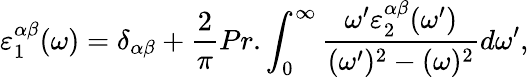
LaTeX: \varepsilon_{1}^{\alpha\beta}(\omega)=\delta_{\alpha\beta}+\frac{2}{\pi}Pr.\int_{0}^{\infty}\frac{\omega^{\prime}\varepsilon_{2}^{\alpha\beta}(\omega^{\prime})}{(\omega^{\prime})^{2}-(\omega)^{2}}d\omega^{\prime},